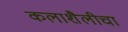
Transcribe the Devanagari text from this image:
कलाशैलीचा